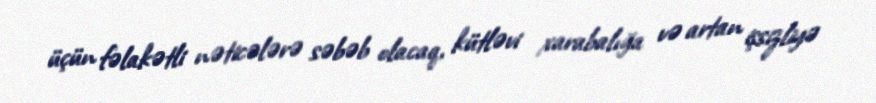
üçün fəlakətli nəticələrə səbəb olacaq, kütləvi xarabalığa və artan işsizliyə